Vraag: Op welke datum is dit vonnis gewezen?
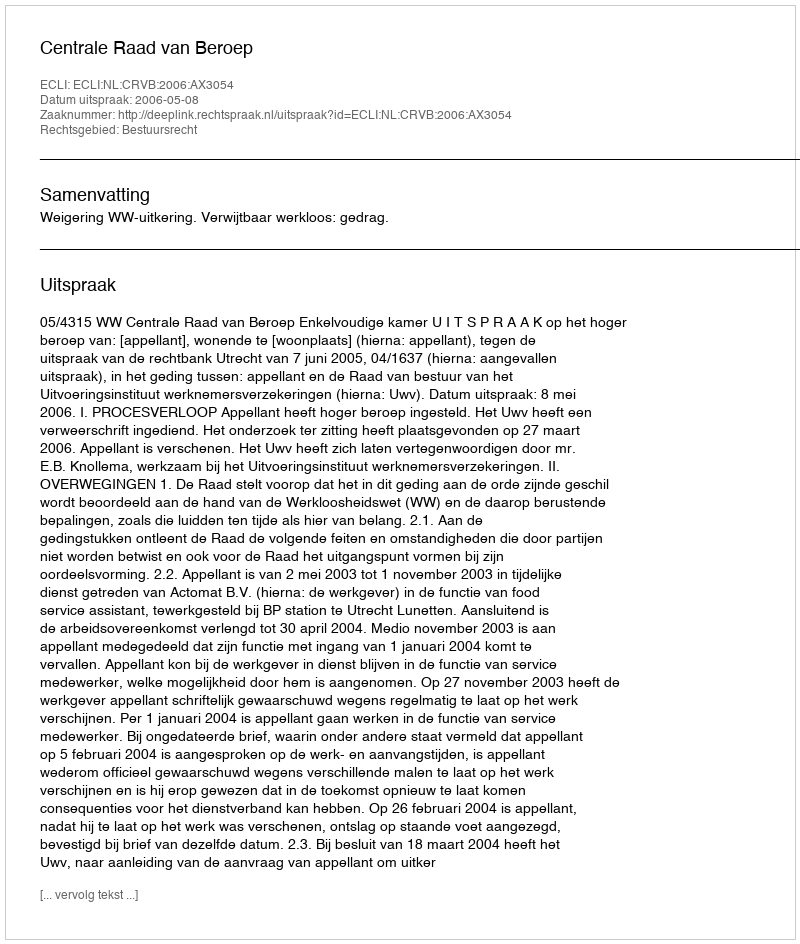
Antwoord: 2006-05-08